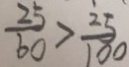
\frac { 2 5 } { 6 0 } > \frac { 2 5 } { 1 0 0 }